system: You are a helpful assistant.
user:
Analyze the provided spectrum to determine if it is a **S-type Star**.

- **Key Indicators for S-type Star:**

    - **(Overall Spectrum Shape):** The first and most obvious characteristic is the overall continuum (the "baseline" shape). It is **extremely "red-sloping,"** meaning the flux (light intensity) is very low on the left side (blue, ~4000-4500 Å) and rises steeply and continuously toward the right side (red, ~7000 Å+).

    - **(Primary):** The spectrum is defined by the presence of strong, broad molecular absorption "valleys" (bands) from **Zirconium Oxide (ZrO)**. The identification of these bands is the **primary requirement** for classifying a star as S-type.
        - **(Key Bandheads):** You must find distinct, deep "dips" where the light has been absorbed. The most critical band systems to locate are:
            - **~6474 Å** ($\gamma$-system): This is often the strongest and clearest ZrO feature, found in the red part of the spectrum.
            - **~5718 Å** & **~5551 Å** ($\beta$-system): A pair of prominent absorption features in the yellow-orange part of the spectrum.
            - **~4640 Å** ($\alpha$-system): A key absorption band system in the blue-green region of the spectrum.

    - **(Secondary Confirmation):** The classification is strengthened by finding additional absorption bands from other related heavy element oxides, which are expected to be present alongside ZrO.
        - **(Key Bandheads):**
            - **Yttrium Oxide (YO):** Look for absorption dips near **~4800 Å** and **~6100 Å**.
            - **Lanthanum Oxide (LaO):** Additional absorption features, particularly in the red-orange part of the spectrum, are also characteristic.

    - **(Line Profile):** The combination of the steep red continuum and these numerous, deep molecular bands (ZrO, YO, etc.) gives the entire spectrum a very **"chopped-up"** or **"bumpy"** appearance. Instead of a smooth curve, the spectrum looks as though large, wide chunks of light have been "carved out" of it at the specific wavelengths listed above.

Think first, call **spectral_visualization_tool** if needed to examine features in detail, then provide your final answer. Your response must adhere to the following strict rules:
1.  **Overall Structure:** Your response must follow the format `<think>...</think> <tool_call>...</tool_call> (if a tool is used) <answer>...</answer>`.
2.  **Tool Usage Constraint:** You may only make **one** tool call per turn.
3.  **Final Answer Format:** In the `<answer>` tag, your conclusion must be inside a `\boxed{}` command (e.g., `\boxed{YES}` or `\boxed{NO}`), followed by your justification.

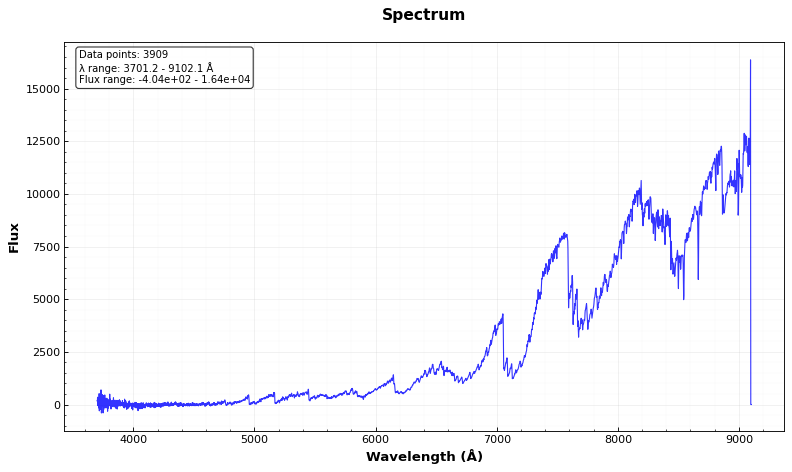
Answer: YES